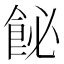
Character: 飶